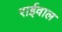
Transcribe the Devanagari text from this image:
राईवाल